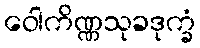
ဝေါကိဏ္ဏသုခဒုက္ခံ